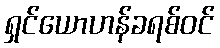
ရှင်ယောဟန်ခရစ်ဝင်